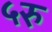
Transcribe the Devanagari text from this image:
५रु